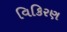
વિકિરણ